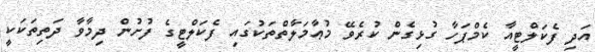
އަދި ފެކަލްޓީއާ ކެމްޕަހާ ގުޅިގެން ކުރެވޭ މުޢާމަލާތްތަކުގައި ފެކަލްޓީގެ ފުށުން ދިމާވާ ދަތިތަކަކީ